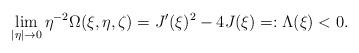
LaTeX: \begin{align*}\lim_{|\eta| \to 0} \eta^{-2} \Omega(\xi,\eta,\zeta) = J'(\xi)^2 - 4 J(\xi) =: \Lambda(\xi) < 0. \end{align*}